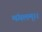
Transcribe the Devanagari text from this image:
मंगलम्।।